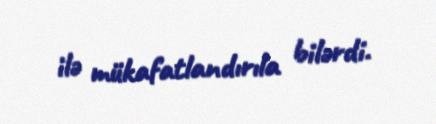
ilə mükafatlandırıla bilərdi.